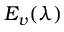
E _ { v } ( \lambda )